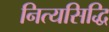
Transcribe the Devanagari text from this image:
नित्यसिद्धि